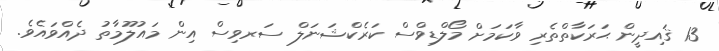
13 ޤައިދީން ޙަރަކާތްތެރި ވާކަމަށް މޯލްޑިވްސް ކަރެކްޝަނަލް ސަރވިސް އިން މައުލޫމާތު ދެއްވައެވެ.